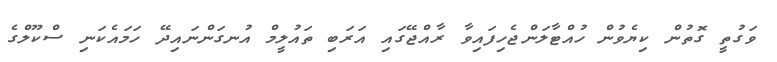
ވަގުތީ ގޮތުން ކިޔެވުން ހުއްޓާލަންޖެހިފައިވާ ރާއްޖޭގައި އަރަބި ތައުލީމް އުނގަންނައިދޭ ހަމައެކަނި ސްކޫލްގެ